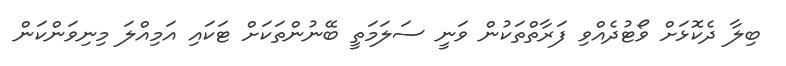
ބިލާ ދެކޮޅަށް ވޯޓުދެއްވި ފަރާތްތަކުން ވަނީ ސަލަމަތީ ބޭނުންތަކަށް ޓަކައި އަމިއްލަ މިނިވަންކަން